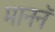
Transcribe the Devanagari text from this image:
माननॅ